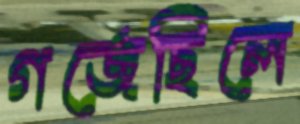
গর্‌জেছিলে